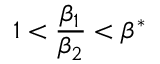
1 < \frac { \beta _ { 1 } } { \beta _ { 2 } } < \beta ^ { * }